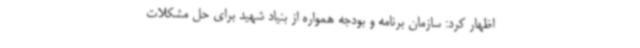
اظهار کرد: سازمان برنامه و بودجه همواره از بنیاد شهید برای حل مشکلات